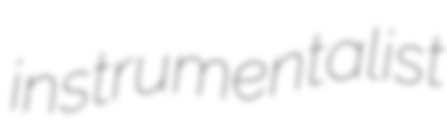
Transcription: instrumentalist